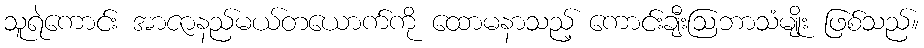
သူရဲကောင်း အာဇာနည်မယ်တယောက်ကို ထောမနာသည့် ကောင်းချီးဩဘာသံမျိုး ဖြစ်သည်။